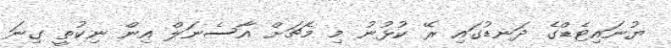
ޔުނައިޓެޑްގެ ދަނޑުގައި ރޭ ކުޅުނު މި މެޗަށް އާސެނަލް އިން ނިކުތީ ގިނަ